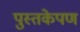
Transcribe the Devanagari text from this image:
पुस्तकेपण